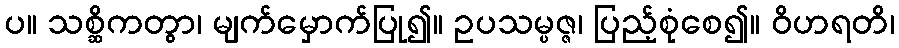
ပ။ သစ္ဆိကတွာ၊ မျက်မှောက်ပြု၍။ ဥပသမ္ပဇ္ဇ၊ ပြည့်စုံစေ၍။ ဝိဟရတိ၊